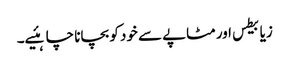
زیابیطس اور مٹاپے سے خود کو بچانا چاہئیے۔